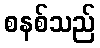
စနစ်သည်